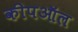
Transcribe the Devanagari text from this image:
कीपऑल